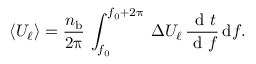
\left\langle U _ { \ell } \right\rangle = \frac { n _ { \mathrm { b } } } { 2 \uppi } \, \int _ { f _ { 0 } } ^ { f _ { 0 } + 2 \uppi } \, \Delta U _ { \ell } \, \frac { { { \textrm { d } } } { t } } { { { \textrm { d } } } { f } } \, \mathrm { d } f .